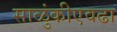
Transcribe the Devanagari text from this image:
साळुंकीएवढा